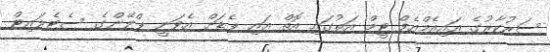
ސަރުކާރުގެ އައިއެމްއެފް ޓީމް އަތުގައި އޮތް އައި ޕެޑަށް އެވަނީ ޕްލޭންގެ ސެޓެލަައިޓް